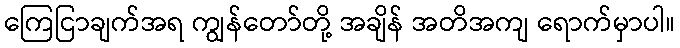
ကြေငြာချက်အရ ကျွန်တော်တို့ အချိန် အတိအကျ ရောက်မှာပါ။